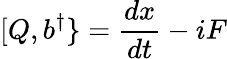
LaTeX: [Q,b^{\dagger}\} ={\frac{dx}{dt}}-iF